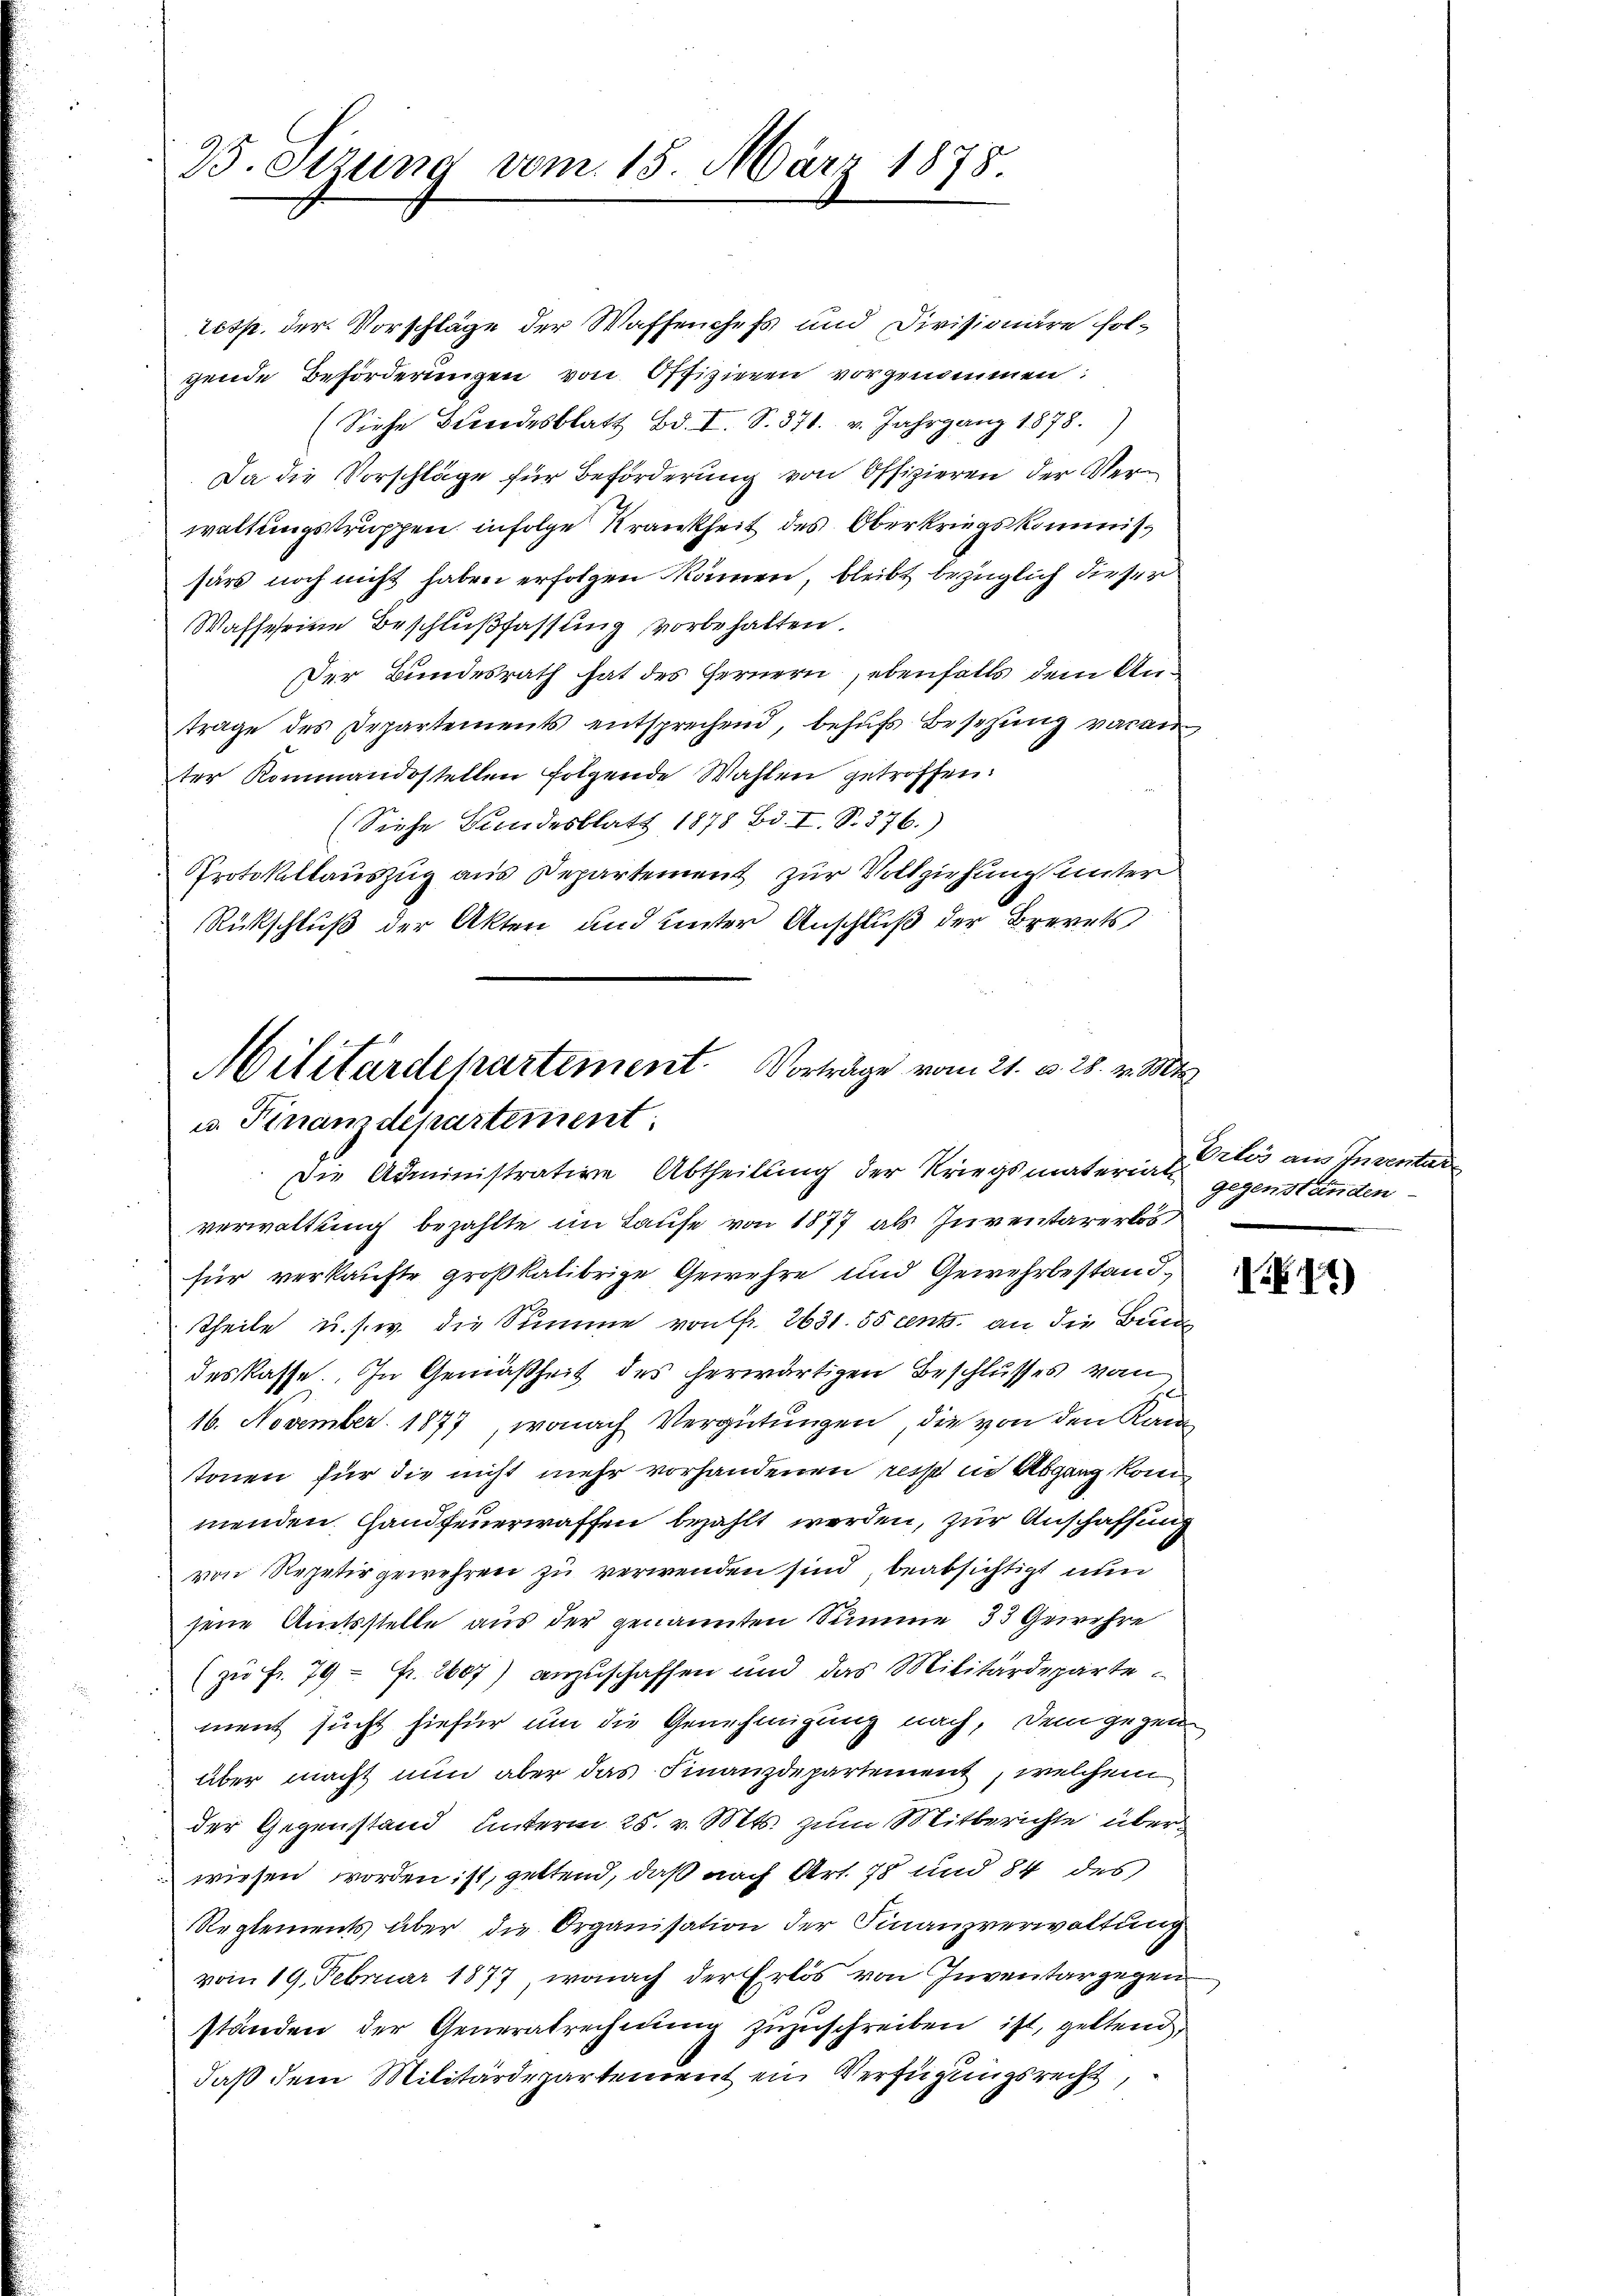
25. Sitzung vom 15. März 1878

resp. der Vorschläge der Waffenchefs und Divisionäre folgende Beförderungen von Offizieren vorgenommen:
(Siehe Bŭndesblatt Bd. I. S. 371. v. Jahrgang 1878.)
Da die Vorschläge für Beförderung von Offizieren der Verwaltungstruppen infolge Krankheit des Oberkriegskommissärs noch nicht haben erfolgen kämen, bleibt bezüglich dieser
Wasse seine Beschlußfassung vorbehalten.
Der Bundesrath hat des Fernern, ebenfalls dem Antrage des Departements entsprechend, behŭfs Besizung vacan
ter Kommandestellen folgende Wahlen getroffen.
(Siehe Bundesblatt 1878 Bd. I. S. 376.)
Protokollauszug aus Departement zur Vollziehung unter
Rückschluß der Akten und unter Anschluß der Brevets
Militärdepartement. Vorträge vom 21. v. 28. v. M.

u. Finanzdepartement
Die Administration Abtheilung der Kriegsmaterial-

verwaltung bezahlte im Laufe von 1877 als Inventarerlos
für verkaufte großkalibrige Gewehre und Gewehrbestand¬
Theile u. s. w. die Summe von Fr. 2631. 55 cents. an die Bund
deskasse. In Gemäßheit des herwärtigen Beschlusses vom
16. November 1877, wonach Vergütungen, die von den Ram
tonen für die nicht mehr vorhandenen reist in Abgang kom
menden Handfeuerwaffen bezahlt werden, zur Anschaffung
von Repetir gewehren zu verwenden sind, beabsichtigt nun
sene Amtsstelle aus der genannten Summe 33 Gewehre
 (zu fr. 79 = Fr. 2607) anzuschaffen und das Militärdeparte
ment sucht hiefür um die Genehmigung nach, dem gegen
über macht nun aber das Finanzdepartement, welchem
der Gegenstand unterm 25. v. Mts. zum Mitberichte über
wiesen worden ist, geltend, daß nach Art. 78 und 84 des
Reglements über die Organisation der Finanzverwaltung
vom 19. Februar 1877, wonach der Erlös von Inventar gegen
2
ständen der Generatrechnung zuzuschreiben ist, geltend
daß dem Militärdepartement ein Verfügungsrecht,

Erlös aus Inventar
gegenständen

I.17)